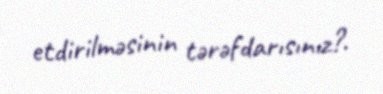
etdirilməsinin tərəfdarısınız?.